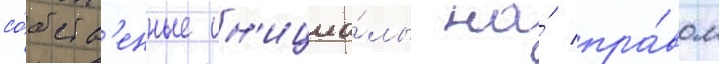
со́бств'енные ин'ициа́лы на́ пра́вом